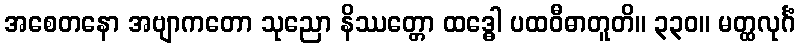
အစေတနော အဗျာကတော သုညော နိဿတ္တော ထဒ္ဓေါ ပထဝီဓာတူတိ။ ၃၃၀။ မတ္ထလုင်္ဂံ